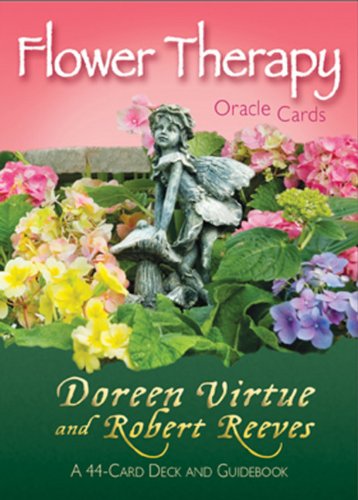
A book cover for Flower Therapy Oracle Cards: A 44-Card Deck and Guidebook; Doreen Virtue; Religion & Spirituality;